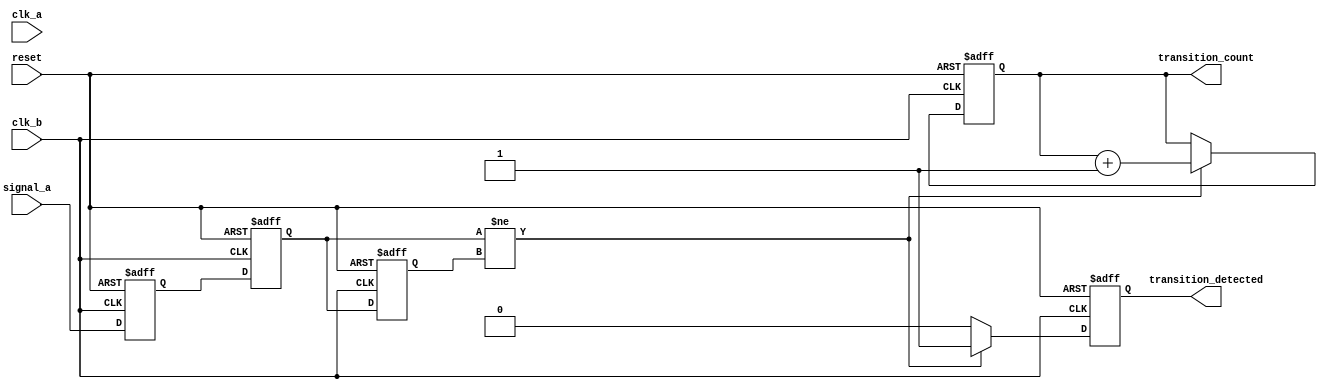
module cdc_detector (
    input wire signal_a,      // Signal from clock domain A 
    input wire clk_a,         // Clock signal for domain A
    input wire clk_b,         // Clock signal for domain B
    input wire reset,         // Synchronous reset signal

    output reg transition_detected, // Output indicating a transition has occurred
    output reg [31:0] transition_count // Counter for the number of detected transitions
);

    // Internal signals
    reg signal_a_sync_0;  // 1st stage of synchronizer
    reg signal_a_sync_1;  // 2nd stage of synchronizer
    reg signal_a_prev;     // Previous sampled value of signal_a

    // Synchronous reset and sampling on clk_b
    always @(posedge clk_b or posedge reset) begin
        if (reset) begin
            transition_detected <= 1'b0;
            transition_count <= 32'b0;
            signal_a_sync_0 <= 1'b0;
            signal_a_sync_1 <= 1'b0;
            signal_a_prev <= 1'b0;
        end else begin
            // Synchronize signal from clk_a to clk_b
            signal_a_sync_0 <= signal_a;  // First stage synchronization
            signal_a_sync_1 <= signal_a_sync_0; // Second stage synchronization

            // Edge detection logic
            if (signal_a_sync_1 != signal_a_prev) begin
                transition_detected <= 1'b1; // A transition has been detected
                transition_count <= transition_count + 1; // Increment the transition count
            end else begin
                transition_detected <= 1'b0; // No transition detected
            end
            
            // Update previous state
            signal_a_prev <= signal_a_sync_1; // Update previous signal state
        end
    end

endmodule